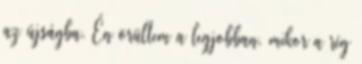
az újságba. Én örültem a legjobban, mikor a rég